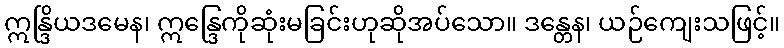
ဣန္ဒြိယဒမေန၊ ဣန္ဒြေကိုဆုံးမခြင်းဟုဆိုအပ်သော။ ဒန္တေန၊ ယဉ်ကျေးသဖြင့်။